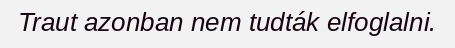
Traut azonban nem tudták elfoglalni.